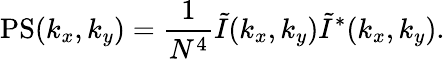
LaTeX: \mathrm{PS}(k_{x},k_{y})=\frac{1}{N^{4}}\tilde{I}(k_{x},k_{y})\tilde{I}^{*}(k_{x},k_{y}).